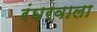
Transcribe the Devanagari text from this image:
रंघरवाला